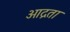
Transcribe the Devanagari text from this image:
आद्रता